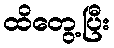
ထိတွေ့ပြီး